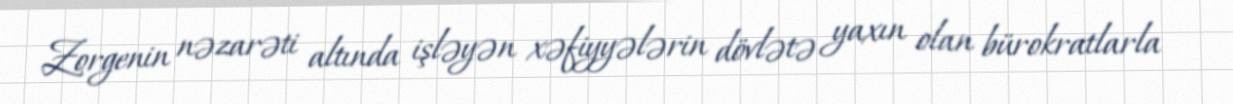
Zorgenin nəzarəti altında işləyən xəfiyyələrin dövlətə yaxın olan bürokratlarla